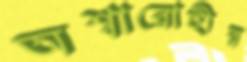
অশ্বারোহীর